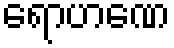
ရောဟဏေ